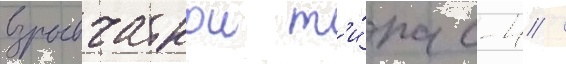
взрывчаткои т'и́па с-4 /